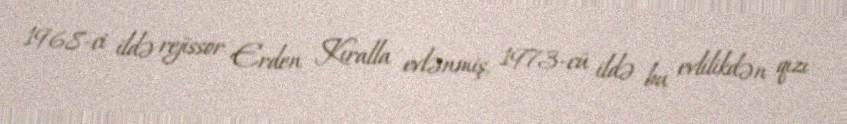
1968-ci ildə rejissor Erden Kıralla evlənmiş, 1973-cü ildə bu evlilikdən qızı